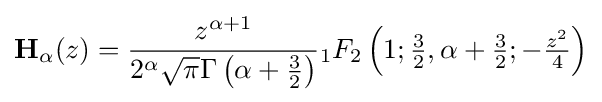
\mathbf {H} _{\alpha }(z)={\frac {z^{\alpha +1}}{2^{\alpha }{\sqrt {\pi }}\Gamma \left(\alpha +{\tfrac {3}{2}}\right)}}{}_{1}F_{2}\left(1;{\tfrac {3}{2}},\alpha +{\tfrac {3}{2}};-{\tfrac {z^{2}}{4}}\right)